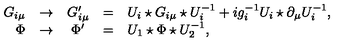
\begin{array} { r c c c l } { G _ { i \mu } } & { \to } & { G _ { i \mu } ^ { \prime } } & { = } & { U _ { i } \star G _ { i \mu } \star U _ { i } ^ { - 1 } + i g _ { i } ^ { - 1 } U _ { i } \star \partial _ { \mu } U _ { i } ^ { - 1 } , } \\ { \Phi } & { \to } & { \Phi ^ { \prime } } & { = } & { U _ { 1 } \star \Phi \star U _ { 2 } ^ { - 1 } , } \\ \end{array}